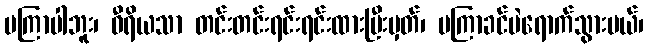
မကြာပါဘူး၊ ဝီရိယသာ တင်းတင်းရင်းရင်းထားပြီးမှတ်၊ မကြာခင်ပဲရောက်သွားမယ်၊